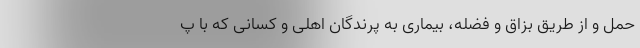
حمل و از طریق بزاق و فضله، بیماری به پرندگان اهلی و کسانی که با پ